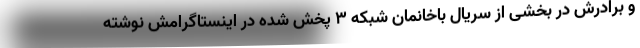
و برادرش در بخشی از سریال باخانمان شبکه 3 پخش شده در اینستاگرامش نوشته